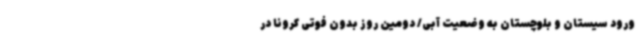
ورود سیستان و بلوچستان به وضعیت آبی/ دومین روز بدون فوتی کرونا در